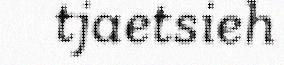
tjaetsieh